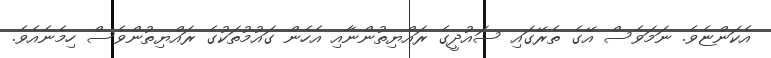
އެކަންޏެވެ. ނަަމަވެސް އޭގެ ތެރޭގައި ސައުދީގެ ރައްޔިތުންނާއި އެހެން ގައުމުތަކުގެ ރައްޔިތުންވެސް ހިމެނެއެވެ.